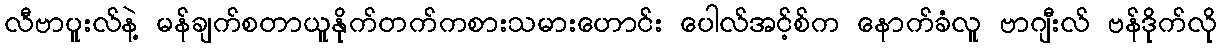
လီဗာပူးလ်နဲ့ မန်ချက်စတာယူနိုက်တက်ကစားသမားဟောင်း ပေါလ်အင့်စ်က နောက်ခံလူ ဗာဂျီးလ် ဗန်ဒိုက်လို